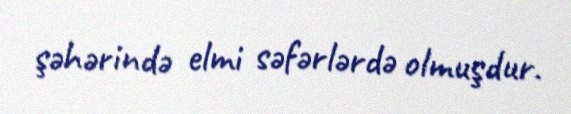
şəhərində elmi səfərlərdə olmuşdur.